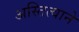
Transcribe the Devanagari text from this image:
अस्तित्‍वाने